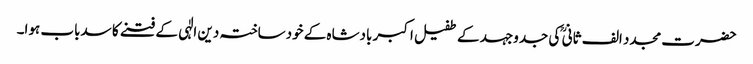
حضرت مجدد الف ثانی ؒ کی جدوجہد کے طفیل اکبر بادشاہ کے خودساختہ دین الٰہی کے فتنے کا سدباب ہوا۔